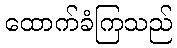
ထောက်ခံကြသည်